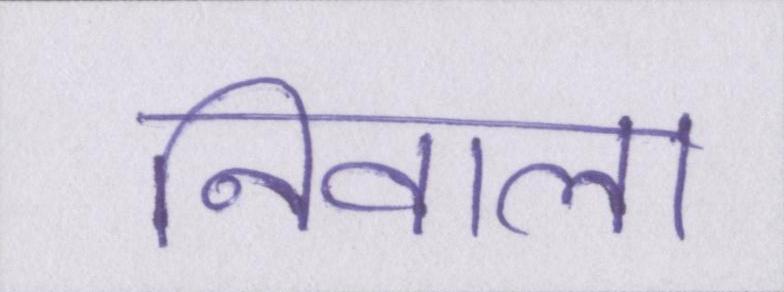
निवाला